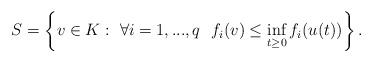
LaTeX: \begin{align*} S= \left\{ v\in K: \ \forall i=1,...,q \ \ f_i (v) \leq \inf_{t\geq 0} f_i (u(t)) \right\}.\end{align*}